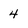
Character: 4